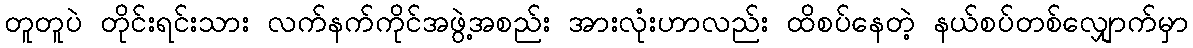
တူတူပဲ တိုင်းရင်းသား လက်နက်ကိုင်အဖွဲ့အစည်း အားလုံးဟာလည်း ထိစပ်နေတဲ့ နယ်စပ်တစ်လျှောက်မှာ